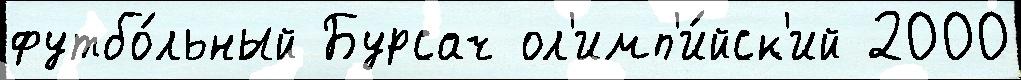
футбо́льный Бурсач ол'имп'и́йск'ий 2000